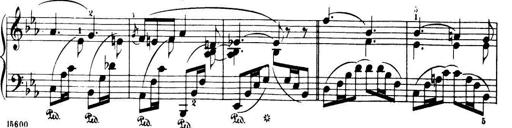
Title: 32 Sonatinas and Rondos for the Piano
Composer: Richard Kleinmichel